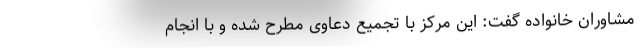
مشاوران خانواده گفت: این مرکز با تجمیع دعاوی مطرح شده و با انجام